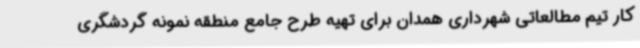
کار تیم مطالعاتی شهرداری همدان برای تهیه طرح جامع منطقه نمونه گردشگری